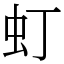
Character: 虰